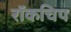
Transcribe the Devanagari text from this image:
रॉकचिप